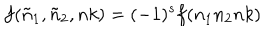
f ( { \tilde { n } } _ { 1 } , { \tilde { n } } _ { 2 } , n k ) = ( - 1 ) ^ { s } f ( n _ { 1 } n _ { 2 } n k )